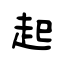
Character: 起